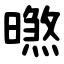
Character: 㬠